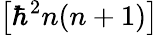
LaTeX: \left[\hbar^{2}n(n+1)\right]